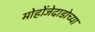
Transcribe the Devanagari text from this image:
मोहोंजेदाडोच्या